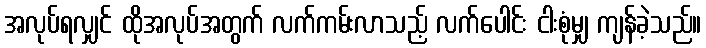
အလုပ်ရလျှင် ထိုအလုပ်အတွက် လက်ကမ်းလာသည့် လက်ပေါင်း ငါးစုံမျှ ကျန်ခဲ့သည်။